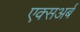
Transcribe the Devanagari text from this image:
एक्सअर्ब